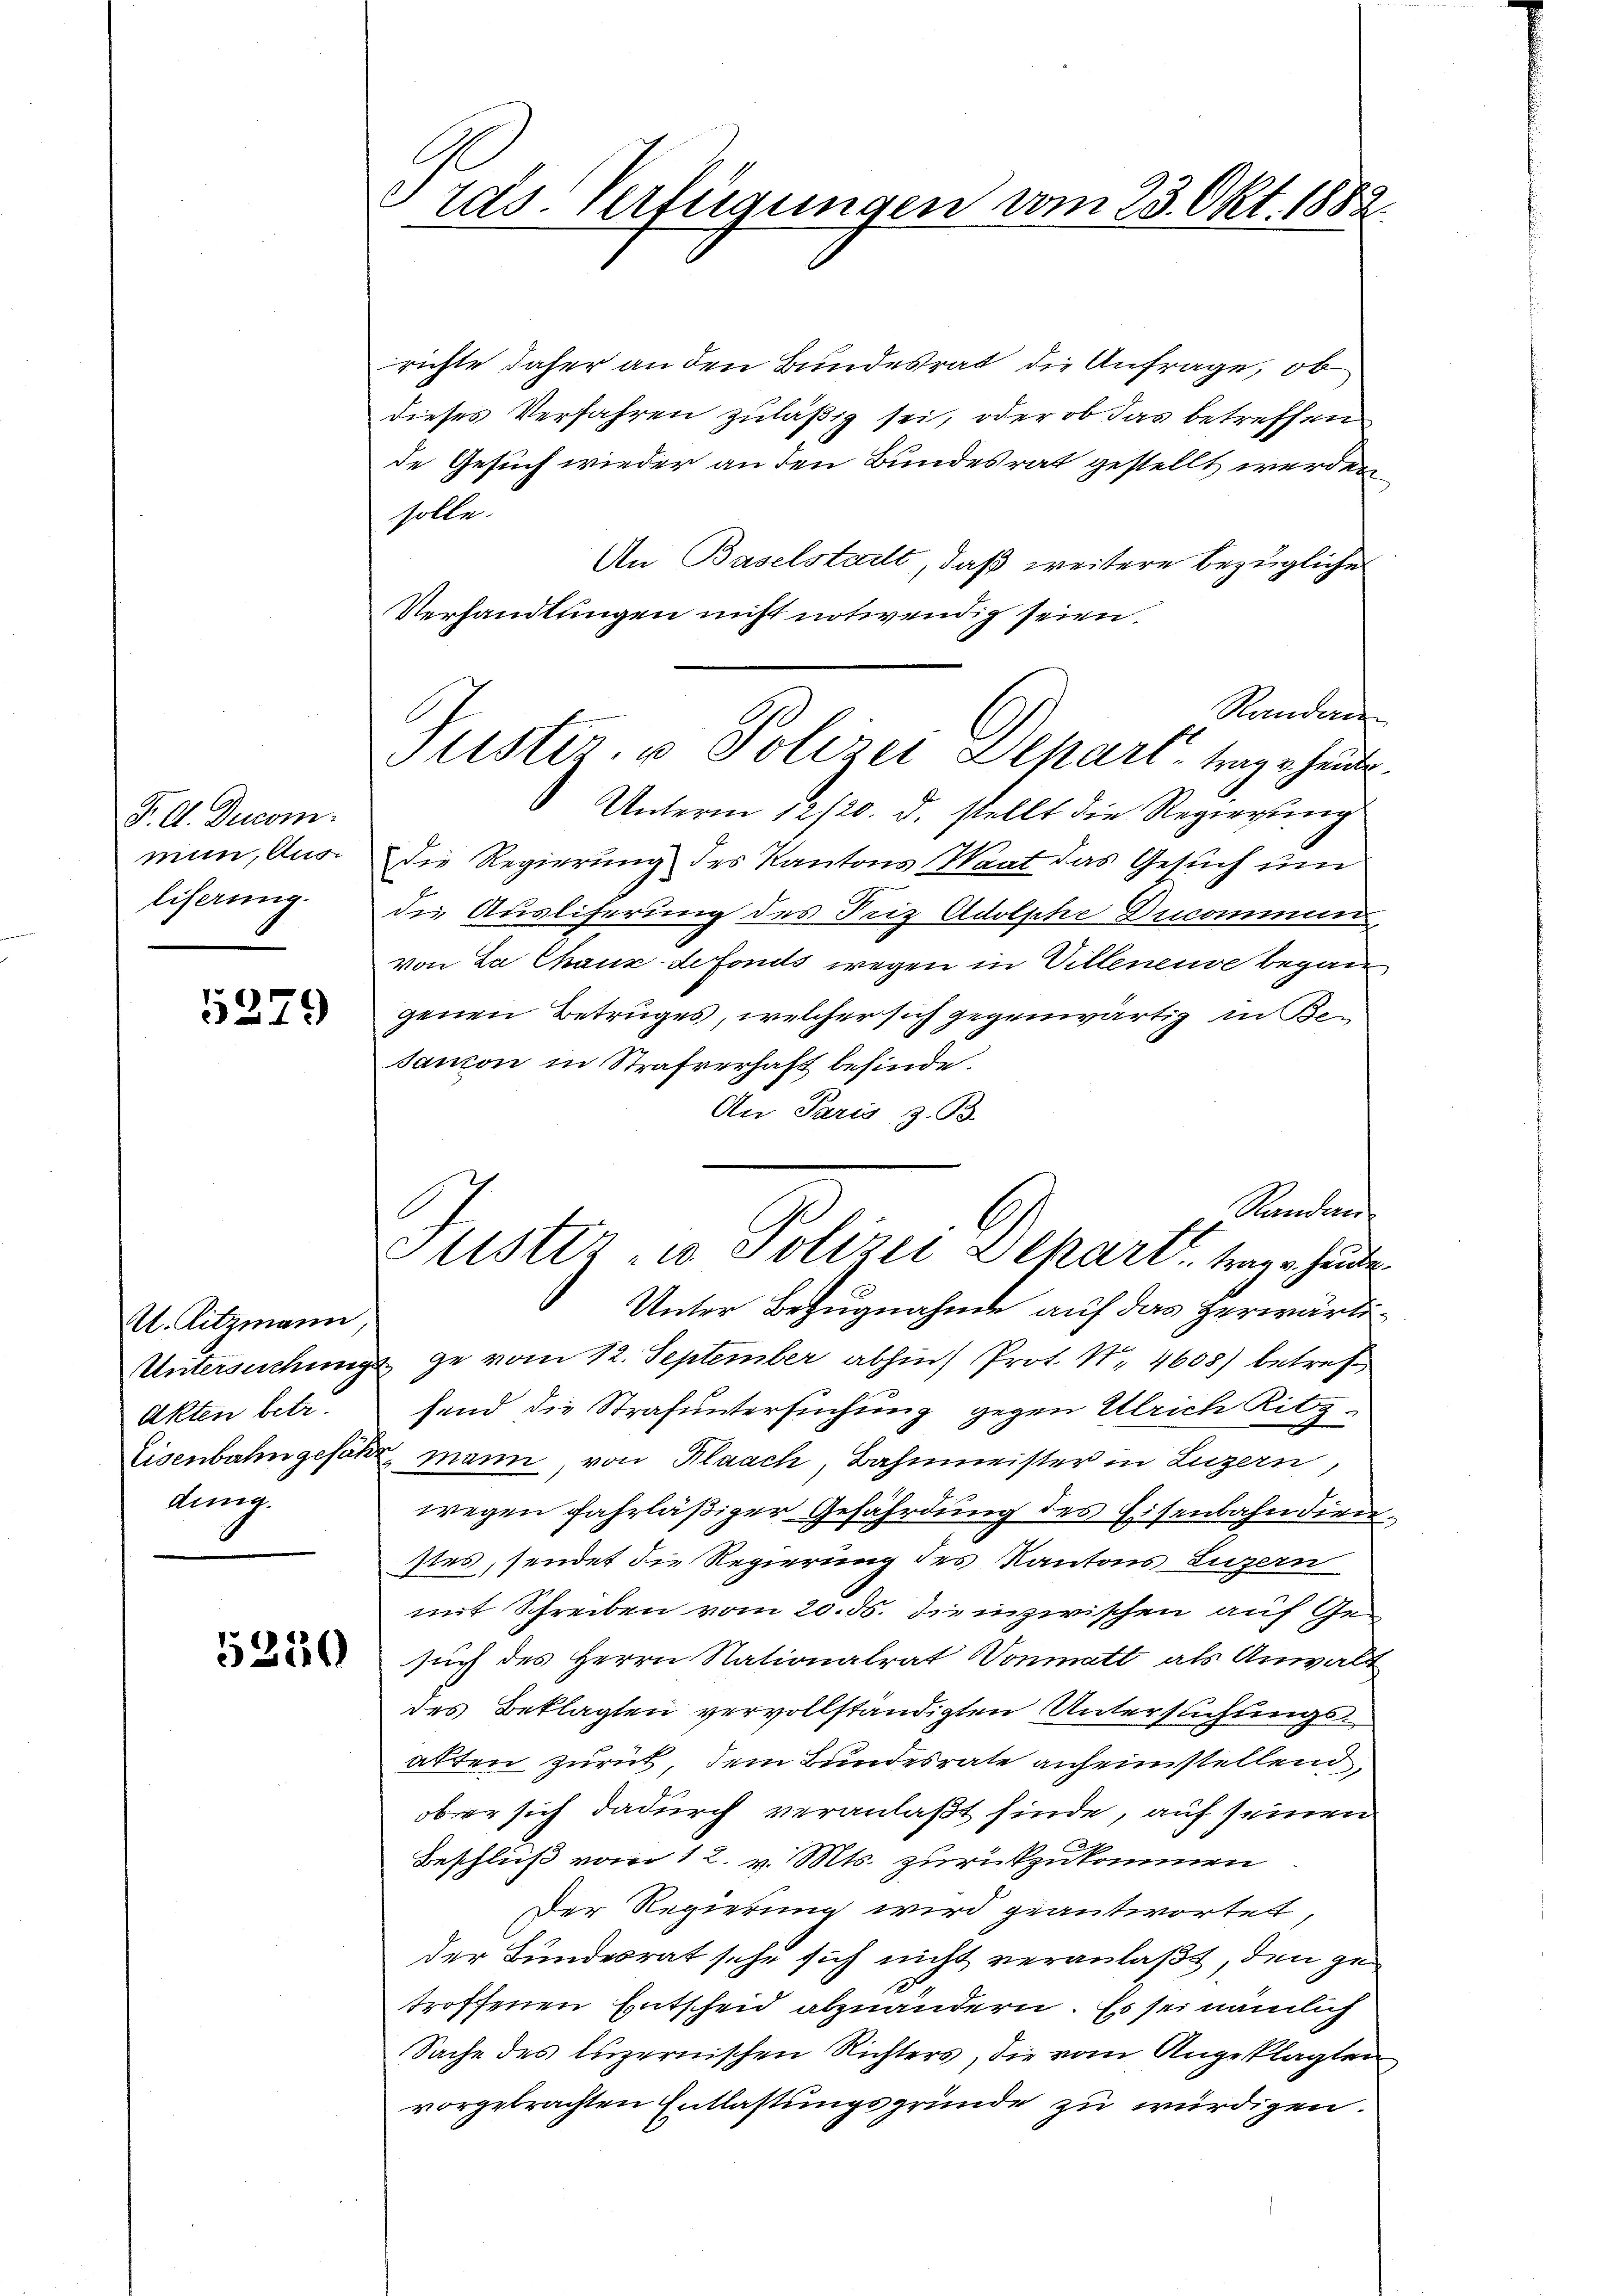
F. A. Ducom
mun, Ausliserung.

5279

U. Ritzmann,
Untersuchung
Akten betr.
Eisenbahngefähkung.

5250

rds. Verfügungen vom 23. Okt. 1882.

richte daher an den Bundesrat die Anfrage, ob
dieses Verfahren zuläßig sei, oder ob das betreffen
de Gesuch wieder an den Bundesrat gestellt werden
solle.
An Baselstadt, daß weitere bezügliche
Verhandlungen nicht notwendig seien.
Sondere
Unterm 12/20. d. stellt die Regierung
Die Regierung des Kantons Waat das Gesuch um
die Ausliferung des Friz Adolphe Decommen
von La Chaux-defonds wegen in Villeneuve began
genen Betruges, welcher sich gegenwärtig in Be-
sanion in Strafverhaft befinde.
An Paris z. B.
Randan
Unter Bezugnahme auf das Herwärte
& ge vom 12. September abhin) Prot. Nr. 4608) betref
sind die Strafuntersuchung gegen Ulrich Ritz¬
2. Mann, von Klaach, Bahnmeister in Luzern,
wegen fahrläßiger Gefährdung des Eisenbahndien
stes, sendet die Regierung des Kantons Luzern
mit Schreiben vom 20. ds. die inzwischen auf Gesuch des Herrn Nationalrat Donmatt, als Anwalt
des Beklagten vervollständigten Untersuchungsakten zurück, dem Bundesrate anheimstellend
ober sich dadurch veranlaßt finde, auf seinen
Beschluß vom 12. v. Mts. zurückzukommen
Der Regierung wird geantwortet,
der Bundesrat sehe sich nicht veranlaßt, den ge¬
2
troffenen Entscheid abzuändern. Es sei nämlich
Sache des luzernischen Richters, die vom Angeklagten
vorgebrachten Entlastungsgründe zu würdigen.

Justiz, u. Polizei Depart, trag heute

Justiz - Polizei Depart, trage hinde